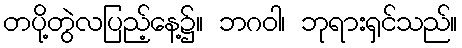
တပို့တွဲလပြည့်နေ့၌။ ဘဂဝါ၊ ဘုရားရှင်သည်။